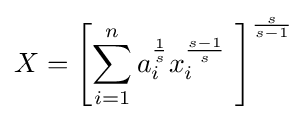
X=\left[\sum _{i=1}^{n}a_{i}^{\frac {1}{s}}x_{i}^{\frac {s-1}{s}}\ \right]^{\frac {s}{s-1}}